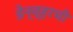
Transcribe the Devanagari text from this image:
डेन्व्हरची